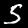
Label: 5